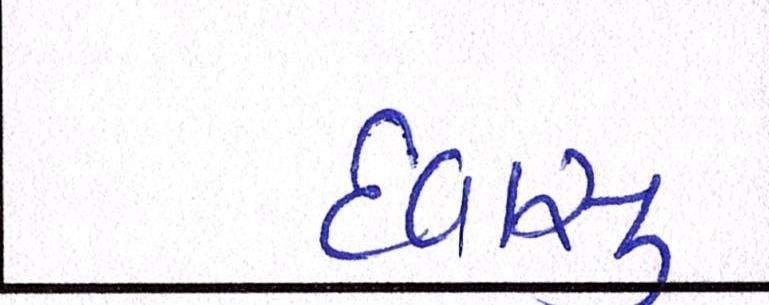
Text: દવાસુ